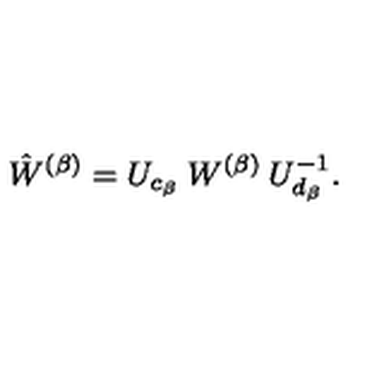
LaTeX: \hat { W } ^ { ( \beta ) } = U _ { c _ { \beta } } \: W ^ { ( \beta ) } \: U _ { d _ { \beta } } ^ { - 1 } .